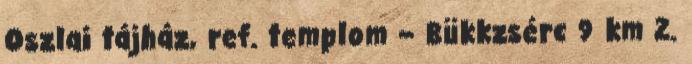
Oszlai tájház, ref. templom – Bükkzsérc 9 km 2.